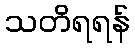
သတိရရန်